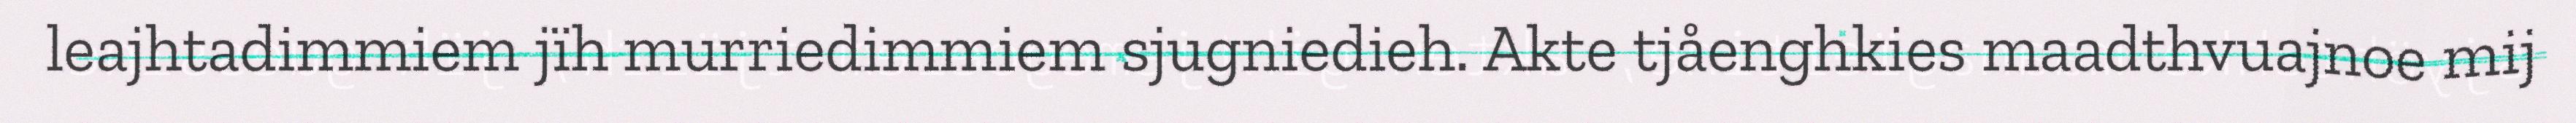
leajhtadimmiem jïh murriedimmiem sjugniedieh. Akte tjåenghkies maadthvuajnoe mij